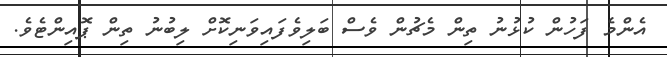
އެންމެ ފަހުން ކުޅުނު ތިން މެޗުން ވެސް ބަލިވެފައިވަނިކޮށް ލިބުނު ތިން ޕޮއިންޓެވެ.